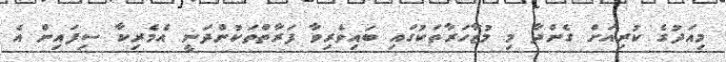
މިއަދުގެ ކުރިއަށް ގެންދާ މި މުޒާހަރާތަކުގައި ބައިވެރިވާ ފަރާތްތަކުންދަނީ އެމެރިކާ ސިފައިން އެ